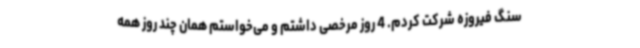
سنگ فیروزه شرکت کردم. 4 روز مرخصی داشتم و می‌خواستم همان چند روز همه